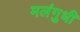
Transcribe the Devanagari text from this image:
मलंगुधी